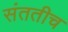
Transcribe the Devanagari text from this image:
संततीच